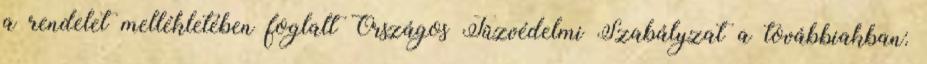
a rendelet mellékletében foglalt Országos Tûzvédelmi Szabályzat a továbbiakban: